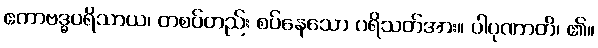
ဧကာဗဒ္ဓပရိသာယ၊ တစပ်တည်း စပ်နေသော ပရိသတ်အား။ ပါပုဏာတိ၊ ၏။